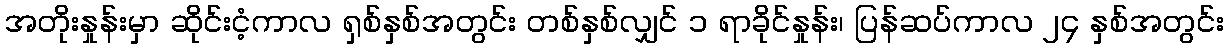
အတိုးနှုန်းမှာ ဆိုင်းငံ့ကာလ ရှစ်နှစ်အတွင်း တစ်နှစ်လျှင် ၁ ရာခိုင်နှုန်း၊ ပြန်ဆပ်ကာလ ၂၄ နှစ်အတွင်း